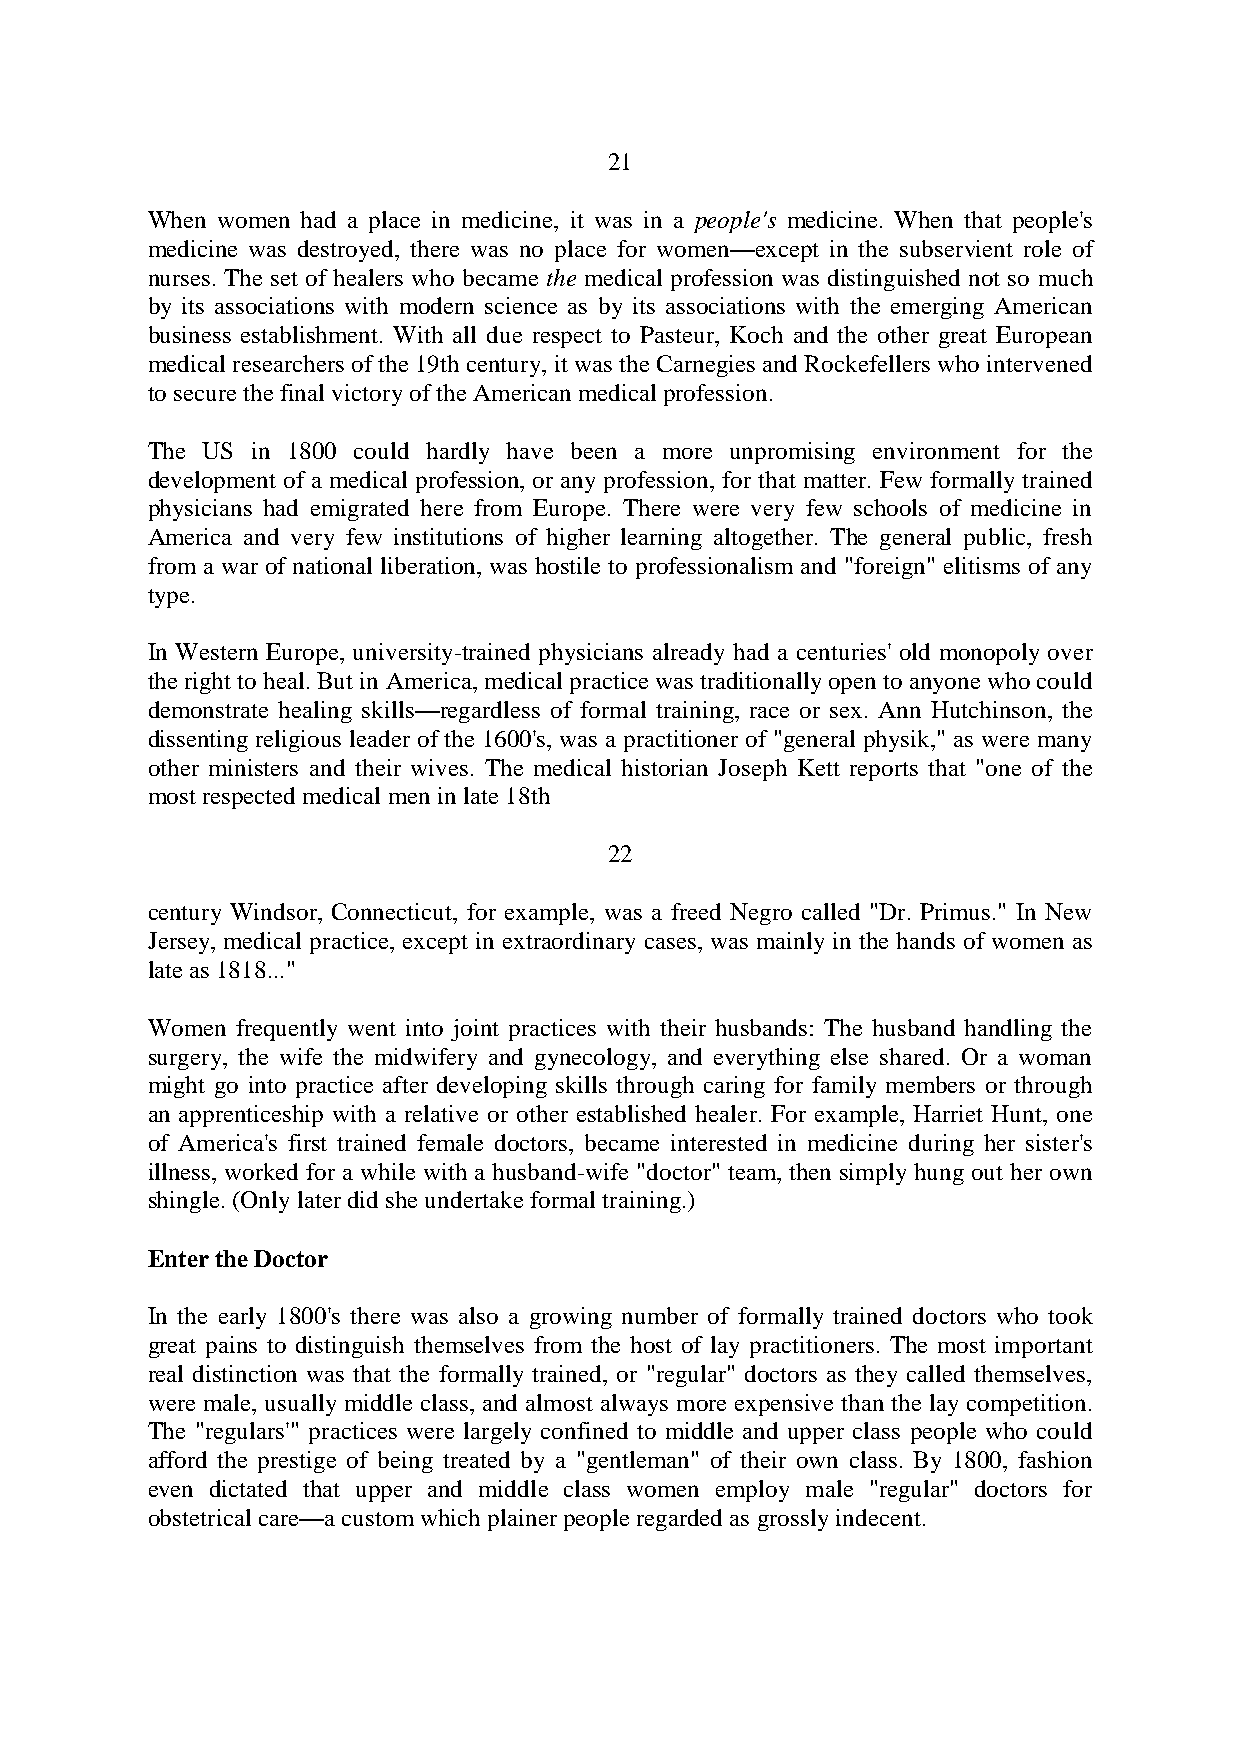
21
 When women had a place in medicine, it was in a people's medicine. When that people's
 medicine was destroyed, there was no place for women—except in the subservient role of
 nurses. The set of healers who became the medical profession was distinguished not so much
 by its associations with modern science as by its associations with the emerging American
 business establishment. With all due respect to Pasteur, Koch and the other great European
 medical researchers of the 19th century, it was the Carnegies and Rockefellers who intervened
 to secure the final victory of the American medical profession.
 The US in 1800 could hardly have been a more unpromising environment for the
 development of a medical profession, or any profession, for that matter. Few formally trained
 physicians had emigrated here from Europe. There were very few schools of medicine in
 America and very few institutions of higher learning altogether. The general public, fresh
 from a war of national liberation, was hostile to professionalism and "foreign" elitisms of any
 type.
 In Western Europe, university-trained physicians already had a centuries' old monopoly over
 the right to heal. But in America, medical practice was traditionally open to anyone who could
 demonstrate healing skills—regardless of formal training, race or sex. Ann Hutchinson, the
 dissenting religious leader of the 1600's, was a practitioner of "general physik," as were many
 other ministers and their wives. The medical historian Joseph Kett reports that "one of the
 most respected medical men in late 18th
 22
 century Windsor, Connecticut, for example, was a freed Negro called "Dr. Primus." In New
 Jersey, medical practice, except in extraordinary cases, was mainly in the hands of women as
 late as 1818..."
 Women frequently went into joint practices with their husbands: The husband handling the
 surgery, the wife the midwifery and gynecology, and everything else shared. Or a woman
 might go into practice after developing skills through caring for family members or through
 an apprenticeship with a relative or other established healer. For example, Harriet Hunt, one
 of America's first trained female doctors, became interested in medicine during her sister's
 illness, worked for a while with a husband-wife "doctor" team, then simply hung out her own
 shingle. (Only later did she undertake formal training.)
 Enter the Doctor
 In the early 1800's there was also a growing number of formally trained doctors who took
 great pains to distinguish themselves from the host of lay practitioners. The most important
 real distinction was that the formally trained, or "regular" doctors as they called themselves,
 were male, usually middle class, and almost always more expensive than the lay competition.
 The "regulars'" practices were largely confined to middle and upper class people who could
 afford the prestige of being treated by a "gentleman" of their own class. By 1800, fashion
 even dictated that upper and middle class women employ male "regular" doctors for
 obstetrical care—a custom which plainer people regarded as grossly indecent.